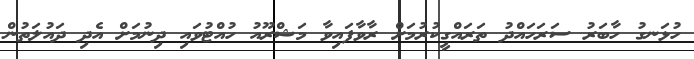
ހުޅަނގު ހާބަރު ސަރަހައްދު ތަރައްގީކުރުމަށް ރާވާފައިވާ މަޝްރޫއު ހުއްޓުވައި ދިނުމަށް އެދި ދައުލަތުން